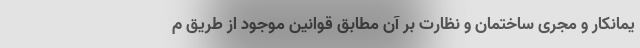
یمانکار و مجری ساختمان و نظارت بر آن مطابق قوانین موجود از طریق م